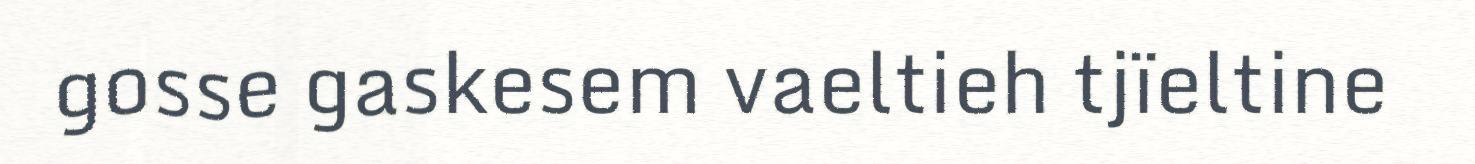
gosse gaskesem vaeltieh tjïeltine